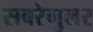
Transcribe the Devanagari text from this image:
सबरेगुलर